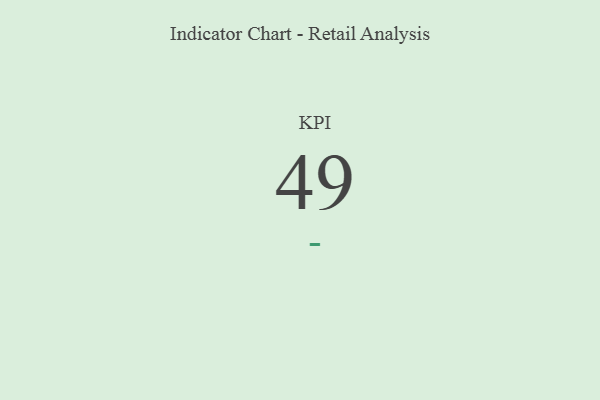
{"axis": {"x": "KPI", "y": "Value"}, "legend": [""], "data": [{"x": "KPI", "y": 49, "type": ""}]}